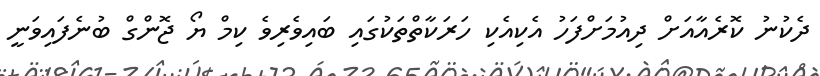
ދެކުނު ކޮރެއާއަށް ދިއުމަށްފަހު އެކިއެކި ހަރަކާތްތަކުގައި ބައިވެރިވެ ކިމް ޔޯ ޖޮންގް ބުނެފައިވަނީ